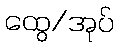
ထွေ/အုပ်